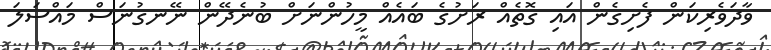
ވާދަވެރިކަން ފެށިގެން އައި ގޮތެއް ރަށުގެ ބައެއް މީހުންނަށް ބުނެދޭން ނޭނގުނަސް މައްސަލަ